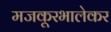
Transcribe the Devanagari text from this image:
मजकूरभालेकर